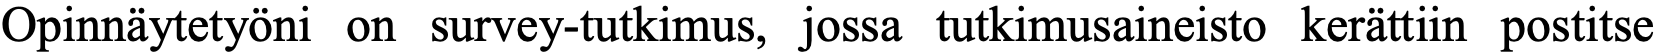
Opinnäytetyöni on survey-tutkimus, jossa tutkimusaineisto kerättiin postitse